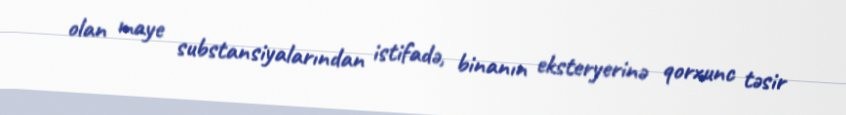
olan maye substansiyalarından istifadə, binanın eksteryerinə qorxunc təsir